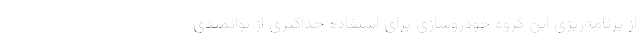
از برنامه‌ريزي اين گروه خودروسازي براي استفاده حداكثري از توانمندي